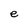
Character: e